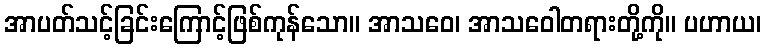
အာပတ်သင့်ခြင်းကြောင့်ဖြစ်ကုန်သော။ အာသဝေ၊ အာသဝေါတရားတို့ကို။ ပဟာယ၊